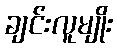
ချင်းလူမျိုး